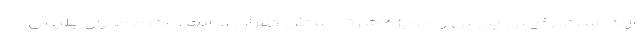
آزاد است. رئیس پلیس راه ویژه شرق استان تهران ادامه داد: ماموران پلیس